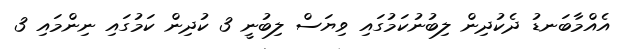
އެއްމާބަނޑު ދެކުދިން ލިބުނުކަމުގައި ވިޔަސް ލިބުނީ 3 ކުދިން ކަމުގައި ނިންމައި 3